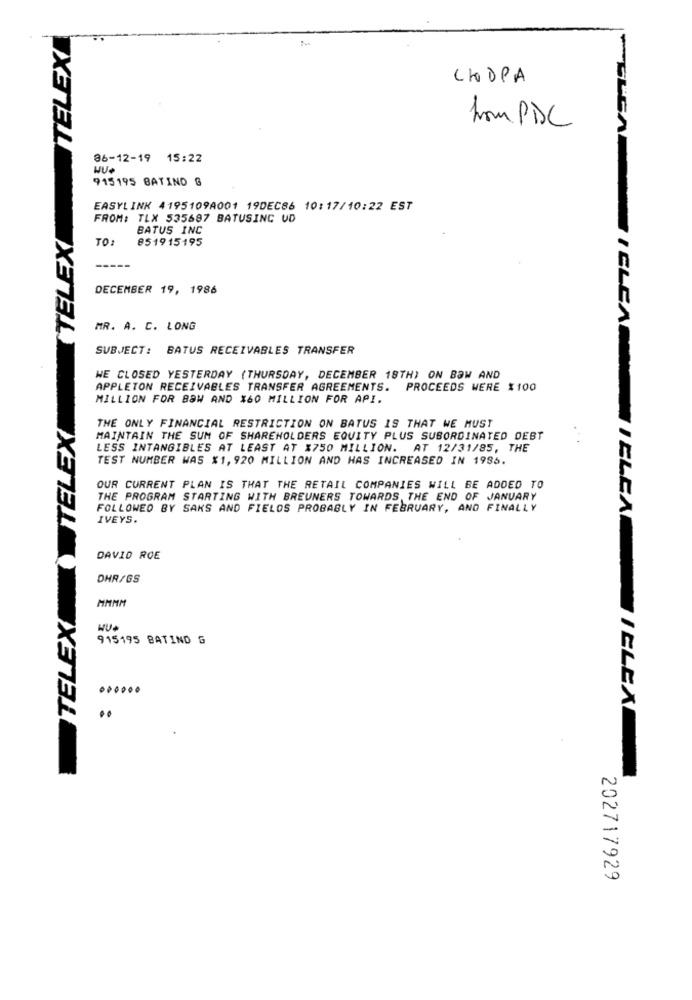
TELEX
LHDPA
hmm PDC
86-12-19 15:22
915195 BATINO G
EASYLINK 4195109A001 19DEC86 10:17/10:22 EST
FROM: TLX 535687 BATUSING UD
TELEX
BATUS INC
TO:
851915195
-----
DECEMBER 19, 1986
MR. A. C. LONG
SUBJECT: BATUS RECEIVABLES TRANSFER
WE CLOSED YESTERDAY (THURSDAY, DECEMBER 18TH) ON BOW AND
APPLETON RECEIVABLES TRANSFER AGREEMENTS. PROCEEDS WERE $100
MILLION FOR BOW AND $60 MILLION FOR API.
TELEX
THE ONLY FINANCIAL RESTRICTION ON BATUS IS THAT WE MUST
MAINTAIN THE SUM OF SHAREHOLDERS EQUITY PLUS SUBORDINATED DEBT
LESS INTANGIBLES AT LEAST AT X750 MILLION. AT 12/31/85, THE
TEST NUMBER WAS $1,920 MILLION AND HAS INCREASED IN 1986.
OUR CURRENT PLAN IS THAT THE RETAIL COMPANIES WILL BE ADDED TO
THE PROGRAM STARTING WITH BREUNERS TOWARDS THE END OF JANUARY
FOLLOWED BY SAKS AND FIELDS PROBABLY IN FEBRUARY, AND FINALLY
IVEYS.
DAVID ROE
DHR/GS
TELEX
HUP
915195 BATIND G
......
WIELEA
202717929